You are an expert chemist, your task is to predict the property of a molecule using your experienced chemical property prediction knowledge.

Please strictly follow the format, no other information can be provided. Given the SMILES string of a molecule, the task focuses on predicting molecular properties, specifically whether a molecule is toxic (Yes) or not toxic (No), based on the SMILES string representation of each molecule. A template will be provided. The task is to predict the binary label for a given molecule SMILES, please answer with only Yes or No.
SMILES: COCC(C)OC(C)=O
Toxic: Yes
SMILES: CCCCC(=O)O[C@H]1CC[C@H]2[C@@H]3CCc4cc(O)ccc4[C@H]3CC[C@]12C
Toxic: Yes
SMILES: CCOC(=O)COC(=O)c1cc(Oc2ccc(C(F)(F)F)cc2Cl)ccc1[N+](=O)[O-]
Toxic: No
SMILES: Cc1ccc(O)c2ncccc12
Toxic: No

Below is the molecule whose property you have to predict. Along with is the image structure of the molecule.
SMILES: CCO/C=C1\N=C(c2ccccc2)OC1=O
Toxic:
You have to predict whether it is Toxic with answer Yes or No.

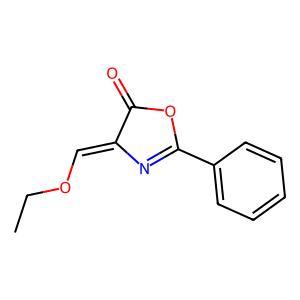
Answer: No